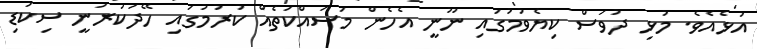
އުޅެއެވެ. މުޅި ދުވަސް ކިޔެވުމުގައި ނޫނީ އެހެން މަސައްކަތެއް ކުރުމުގައި ހޭދަކުރަނީ ސިކުޑި